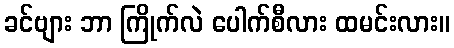
ခင်ဗျား ဘာ ကြိုက်လဲ ပေါက်စီလား ထမင်းလား။